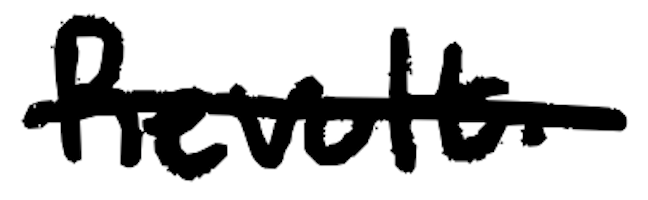
Text: Revolt.
Cross-out: single-line
Writing tool: digital_black